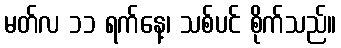
မတ်လ ၁၁ ရက်နေ့၊ သစ်ပင် စိုက်သည်။